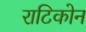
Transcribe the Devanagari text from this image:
राटिकोन